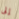
إلى